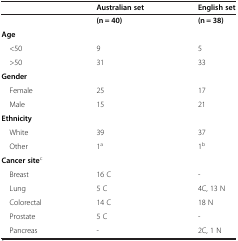
<table><thead><tr><td></td><td><b>Australian set</b></td><td><b>English set</b></td></tr></thead><tbody><tr><td></td><td><b>(n = 40)</b></td><td><b>(n = 38)</b></td></tr><tr><td><b>Age</b></td><td></td><td></td></tr><tr><td> &lt;50</td><td>9</td><td>5</td></tr><tr><td> &gt;50</td><td>31</td><td>33</td></tr><tr><td><b>Gender</b></td><td></td><td></td></tr><tr><td> Female</td><td>25</td><td>17</td></tr><tr><td> Male</td><td>15</td><td>21</td></tr><tr><td><b>Ethnicity</b></td><td></td><td></td></tr><tr><td> White</td><td>39</td><td>37</td></tr><tr><td> Other</td><td>1<sup>a</sup></td><td>1<sup>b</sup></td></tr><tr><td><b>Cancer site</b><sup>c</sup></td><td></td><td></td></tr><tr><td> Breast</td><td>16 C</td><td>-</td></tr><tr><td> Lung</td><td>5 C</td><td>4C, 13 N</td></tr><tr><td> Colorectal</td><td>14 C</td><td>18 N</td></tr><tr><td> Prostate</td><td>5 C</td><td>-</td></tr><tr><td> Pancreas</td><td>-</td><td>2C, 1 N</td></tr></tbody></table>